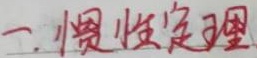
一. 惯性定理